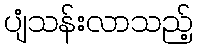
ပျံသန်းလာသည့်